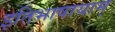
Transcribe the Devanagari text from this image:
इतिभाषायाम्‌